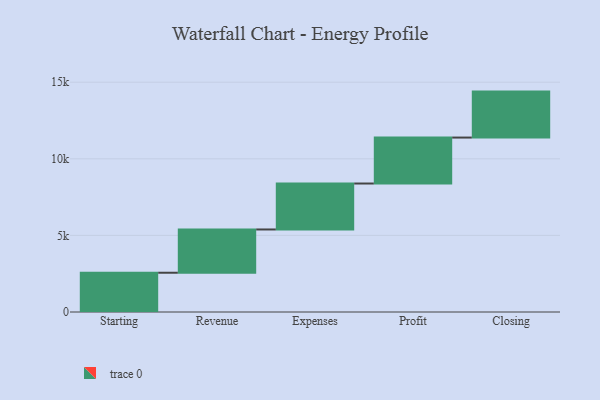
{"axis": {"x": "Step", "y": "Value"}, "legend": [""], "data": [{"x": "Starting", "y": 2563.0, "type": ""}, {"x": "Revenue", "y": 2824.0, "type": ""}, {"x": "Expenses", "y": 3000, "type": ""}, {"x": "Profit", "y": 3000, "type": ""}, {"x": "Closing", "y": 3000, "type": ""}]}